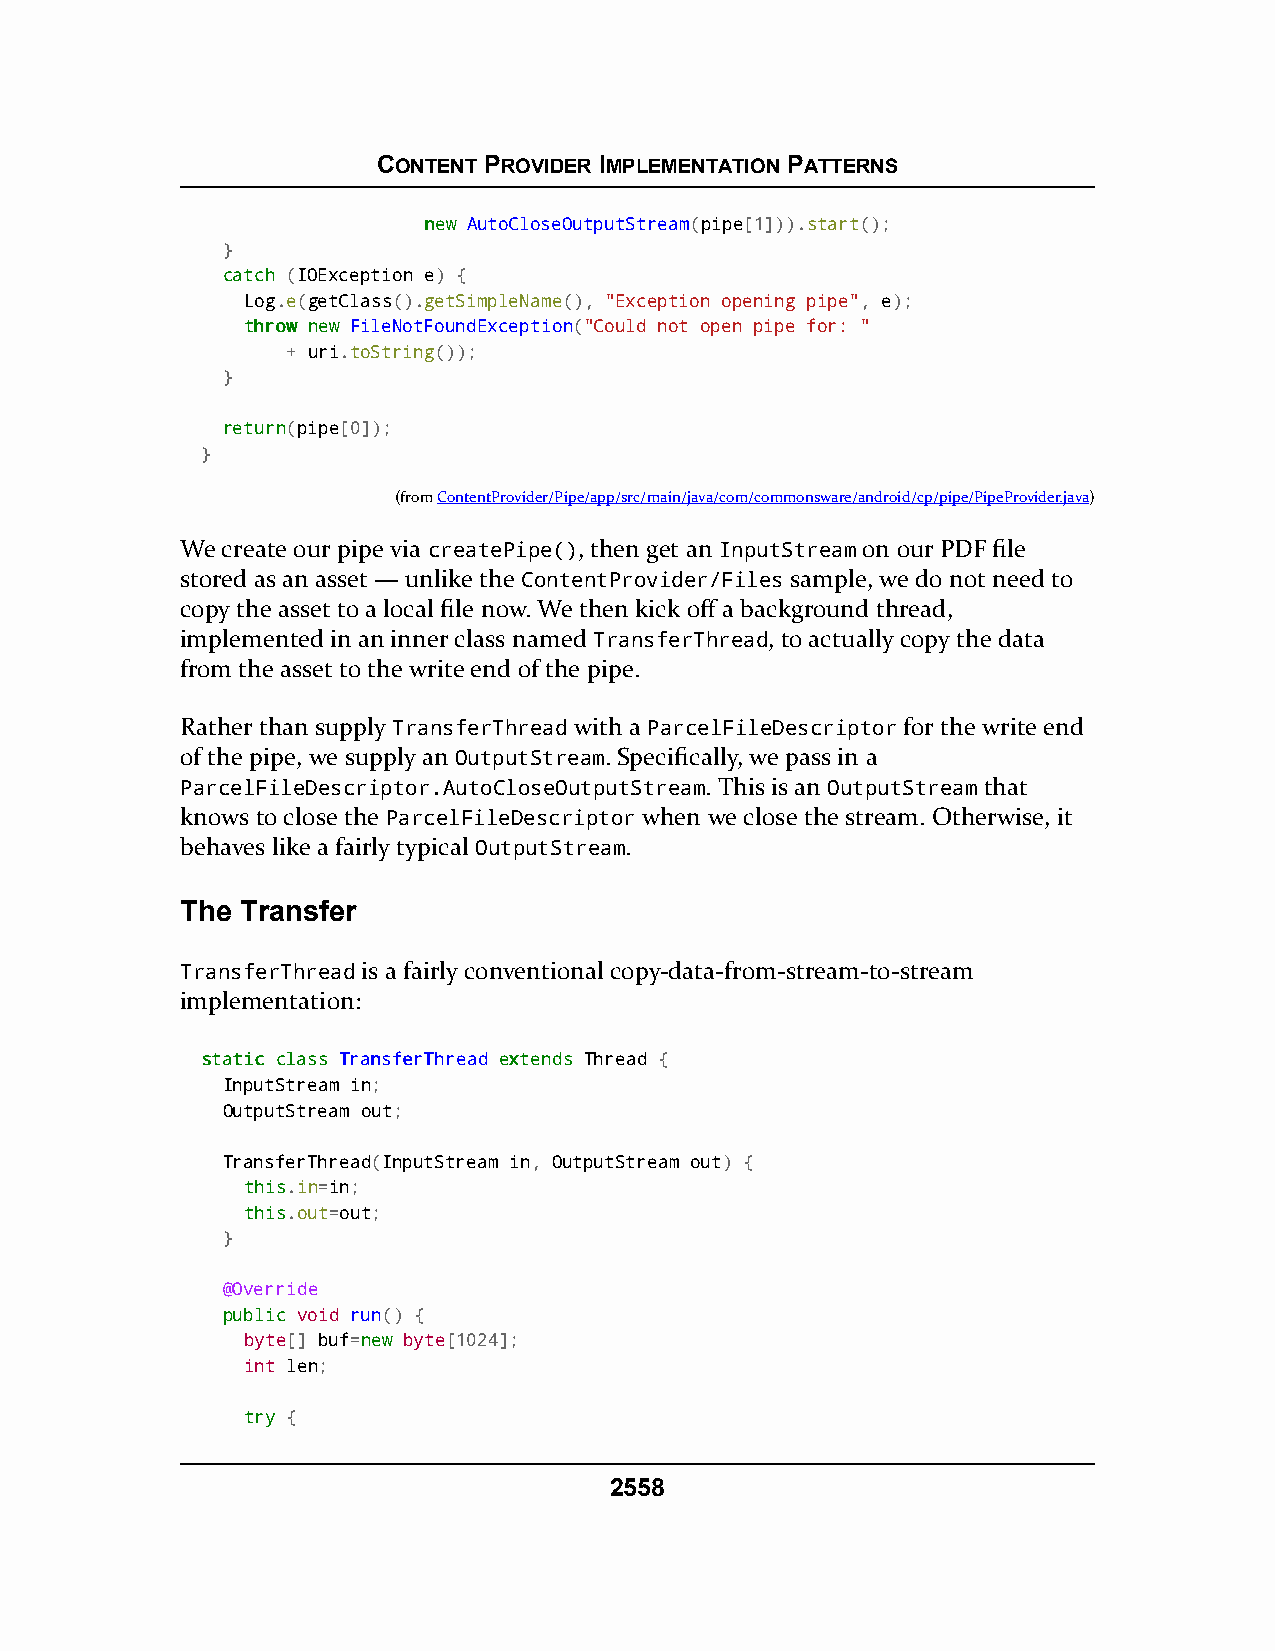
CONTENT PROVIDER IMPLEMENTATION PATTERNS
 nneeww AutoCloseOutputStream(pipe[1])).start();
 }
 ccaattcchh (IOException e) {
 Log.e(getClass().getSimpleName(), "Exception opening pipe", e);
 tthhrrooww nneeww FileNotFoundException("Could not open pipe for: "
 + uri.toString());
 }
 rreettuurrnn(pipe[0]);
 }
 (fromContentProvider/Pipe/app/src/main/java/com/commonsware/android/cp/pipe/PipeProvider.java)
 We create our pipe via createPipe(), then get an InputStream on our PDF file
 stored as an asset — unlike the ContentProvider/Files sample, we do not need to
 copy the asset to a local file now. We then kick off a background thread,
 implemented in an inner class named TransferThread, to actually copy the data
 from the asset to the write end of the pipe.
 Rather than supply TransferThread with a ParcelFileDescriptor for the write end
 of the pipe, we supply an OutputStream. Specifically, we pass in a
 ParcelFileDescriptor.AutoCloseOutputStream. This is an OutputStream that
 knows to close the ParcelFileDescriptor when we close the stream. Otherwise, it
 behaves like a fairly typical OutputStream.
 The Transfer
 TransferThread is a fairly conventional copy-data-from-stream-to-stream
 implementation:
 ssttaattiicc ccllaassss TTrraannssffeerrTThhrreeaadd eexxtteennddss Thread {
 InputStream in;
 OutputStream out;
 TransferThread(InputStream in, OutputStream out) {
 tthhiiss.in=in;
 tthhiiss.out=out;
 }
 @Override
 ppuubblliicc void run() {
 byte[] buf=nneeww byte[1024];
 int len;
 ttrryy {
 2558